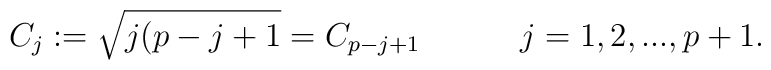
C_{j}:=\sqrt{j(p-j+1}=C_{p-j+1} \hspace{.5in}j=1,2,...,p+1.